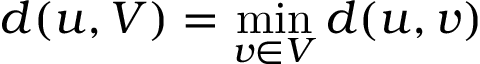
d ( u , V ) = \operatorname* { m i n } _ { v \in V } d ( u , v )